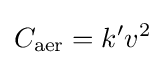
C_{\text{aer}}=k'v^{2}